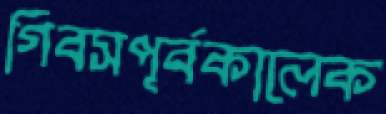
গিবসপূর্বকালেক